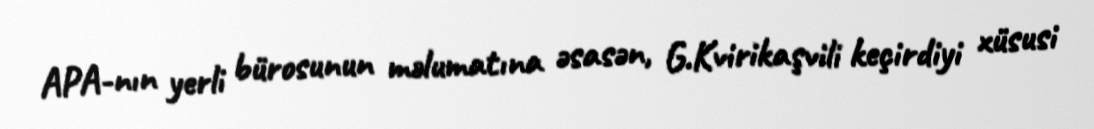
APA-nın yerli bürosunun məlumatına əsasən, G.Kvirikaşvili keçirdiyi xüsusi